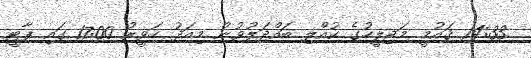
14:33 ޤައުމީ މަޖިލީހުގެ ކުއްލި ބައްދަލުވުން މިއަދު ހަވީރު 17:00 ގައި ޕާޓީ